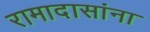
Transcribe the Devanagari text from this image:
रामादासांना